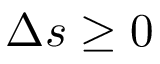
\Delta s \ge 0